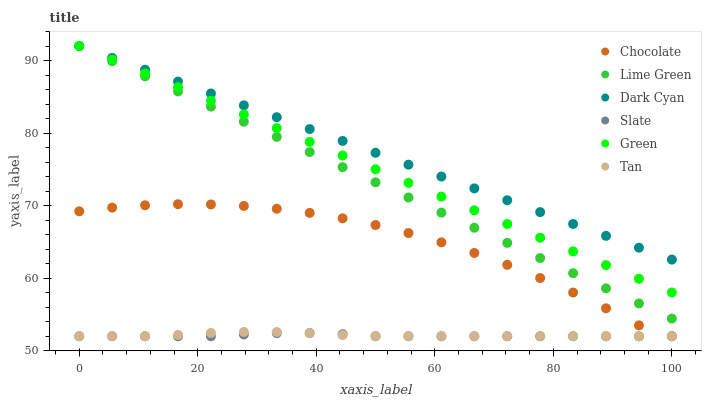
| xaxis_label | Chocolate | Lime Green | Dark Cyan | Slate | Green | Tan |
 | --- | --- | --- | --- | --- | --- | --- |
 | 0 | 69.2 | 92 | 92 | 52 | 92 | 52 |
 | 5.56 | 69.7 | 89.9 | 90.4 | 52 | 90.1 | 52 |
 | 11.1 | 70.1 | 87.8 | 88.7 | 52 | 88.2 | 52 |
 | 16.7 | 70.2 | 85.7 | 87.1 | 52 | 86.3 | 52.2 |
 | 22.2 | 70.2 | 83.7 | 85.5 | 52 | 84.5 | 52.5 |
 | 27.8 | 70 | 81.6 | 83.8 | 52.3 | 82.6 | 52.6 |
 | 33.3 | 69.6 | 79.5 | 82.2 | 52.4 | 80.7 | 52.6 |
 | 38.9 | 69 | 77.4 | 80.6 | 52.4 | 78.8 | 52.4 |
 | 44.4 | 68.3 | 75.3 | 78.9 | 52.3 | 76.9 | 52.2 |
 | 50 | 67.3 | 73.2 | 77.3 | 52 | 75 | 52 |
 | 55.6 | 66.2 | 71.1 | 75.6 | 52 | 73.1 | 52 |
 | 61.1 | 64.9 | 69 | 74 | 52 | 71.2 | 52 |
 | 66.7 | 63.5 | 67 | 72.4 | 52 | 69.4 | 52 |
 | 72.2 | 61.8 | 64.9 | 70.7 | 52 | 67.5 | 52 |
 | 77.8 | 60 | 62.8 | 69.1 | 52 | 65.6 | 52 |
 | 83.3 | 58 | 60.7 | 67.5 | 52 | 63.7 | 52 |
 | 88.9 | 55.9 | 58.6 | 65.8 | 52 | 61.8 | 52 |
 | 94.4 | 53.5 | 56.5 | 64.2 | 52 | 59.9 | 52 |
 | 100 | 52 | 54.4 | 62.6 | 52 | 58 | 52 |